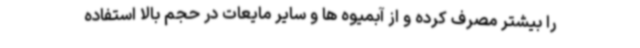
را بیشتر مصرف کرده و از آبمیوه ها و سایر مایعات در حجم بالا استفاده